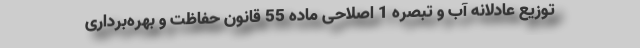
توزیع عادلانه آب و تبصره 1 اصلاحی ماده 55 قانون حفاظت و بهره‌برداری